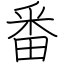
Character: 番